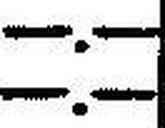
—.—